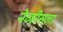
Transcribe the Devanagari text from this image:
नेव्हीसला